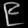
Digit: ၉